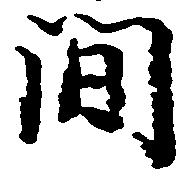
間